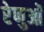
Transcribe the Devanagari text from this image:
रेणुओं